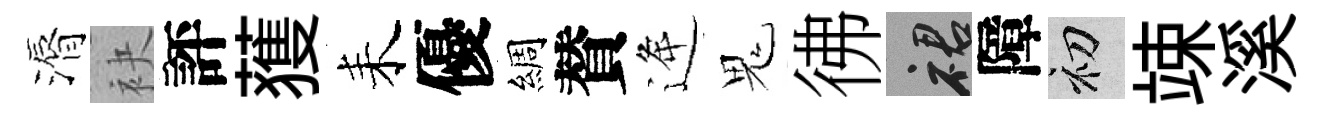
漘袂評𫉬耒優綢賛逄鬼彿裙障初竦溪